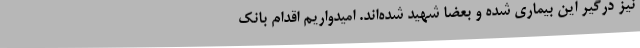
نیز درگیر این بیماری شده و بعضاً شهید شده‌اند. امیدواریم اقدام بانک